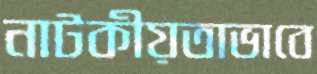
নাটকীয়তাভাবে